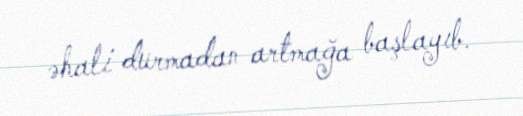
əhali durmadan artmağa başlayıb.